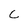
Character: c